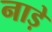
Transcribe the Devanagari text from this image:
नाड़े